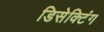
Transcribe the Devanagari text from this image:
डिसेक्टिंग